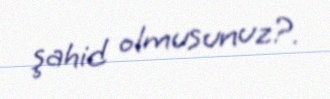
şahid olmusunuz?.